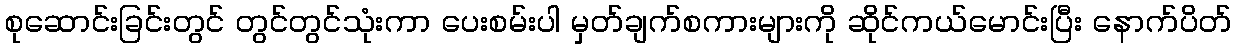
စုဆောင်းခြင်းတွင် တွင်တွင်သုံးကာ ပေးစမ်းပါ မှတ်ချက်စကားများကို ဆိုင်ကယ်မောင်းပြီး နောက်ပိတ်